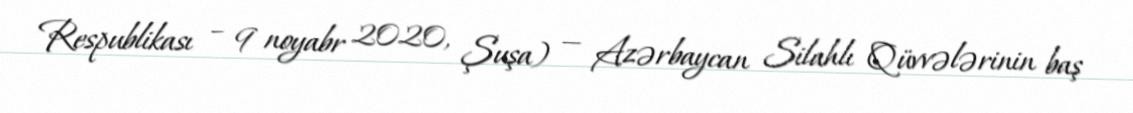
Respublikası – 9 noyabr 2020, Şuşa) — Azərbaycan Silahlı Qüvvələrinin baş